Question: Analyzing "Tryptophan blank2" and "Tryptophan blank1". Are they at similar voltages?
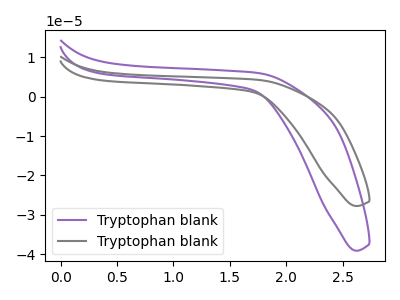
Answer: <think>The purple curve "Tryptophan blank1" has no peaks. The gray curve "Tryptophan blank2" has no peaks.
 Neither "Tryptophan blank2" or "Tryptophan blank1" have any peaks.</think>
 <answer>"Tryptophan blank2" and "Tryptophan blank1" are similar in shape.</answer>
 <eval>same_shape</eval>